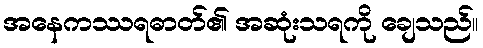
အနေကဿရဓာတ်၏ အဆုံးသရကို ချေသည်။